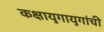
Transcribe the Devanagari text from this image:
कक्षायुगायुगांची